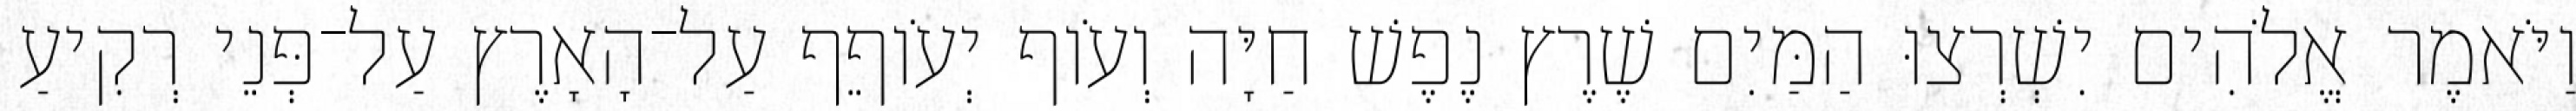
וַיֹּאמֶר אֱלֹהִים יִשְׁרְצוּ הַמַּיִם שֶׁרֶץ נֶפֶשׁ חַיָּה וְעֹוף יְעֹוףֵף עַל־הָאָרֶץ עַל־פְּנֵי רְקִיעַ